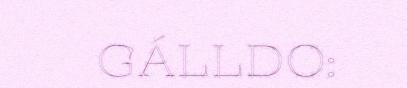
GÁLLDO: